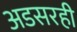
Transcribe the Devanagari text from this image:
अडसरही